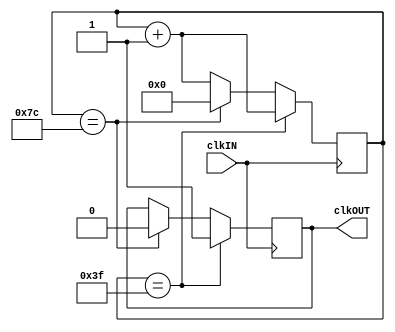
/*
	Ivan I. Ovchinnikov
	last upd.: 2016.02.20
*/

module clk80Mto640K(			// divider by 125
    input wire clkIN,			// 80MHz clock
    output reg clkOUT = 1'b0	// awesome 640KHz result
    );

reg [6:0] count=1'b0;

always @ (posedge clkIN)
begin
	count <= count + 1'b1;		// count every clock
	if(count == 63)				// if counted half phase
		clkOUT <= 1;			// set a high level on output
	else if(count == 124) begin	// if counted a full phase
		count<=0;				// reset counter for the next clock
		clkOUT <=0;				// set a low output level
	end
end
endmodule